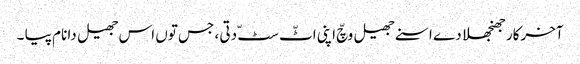
آخرکار جھنجھلا دے اسنے جھیل وچّ اپنی اٹّ سٹّ دتی ، جس توں اس جھیل دا نام پیا ۔